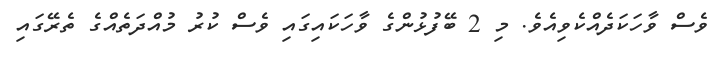
ވެސް ވާހަކަދެއްކެވިއެވެ. މި 2 ބޭފުޅުންގެ ވާހަކައިގައި ވެސް ކުރު މުއްދަތެއްގެ ތެރޭގައި